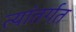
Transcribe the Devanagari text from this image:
त्यांतर्गत